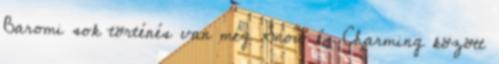
Baromi sok történés van még Snow és Charming között